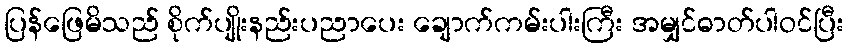
ပြန်ဖြေမိသည် စိုက်ပျိုးနည်းပညာပေး ချောက်ကမ်းပါးကြီး အမျှင်ဓာတ်ပါဝင်ပြီး